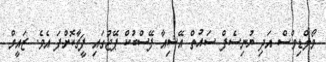
މޯލްޑިވްސް އަދި ޔުނިސެފް ސައުތް އޭޝިއާ ފޭސްބުކް ޕޭޖުގައި ފީޗާކޮށްފަ އެވެ. ޒައީމް